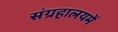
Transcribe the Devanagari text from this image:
संग्रहालयमें